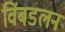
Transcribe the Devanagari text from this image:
विंबडलन